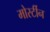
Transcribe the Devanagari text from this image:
मोर्स्टीन